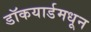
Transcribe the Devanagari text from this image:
डॉकयार्डमधून